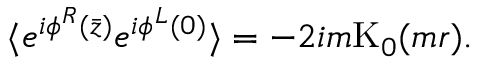
\langle e ^ { i \phi ^ { R } ( \bar { z } ) } e ^ { i \phi ^ { L } ( 0 ) } \rangle = - 2 i m \mathrm { K } _ { 0 } ( m r ) .